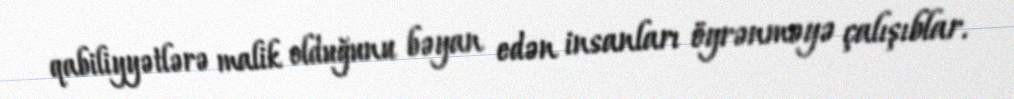
qabiliyyətlərə malik olduğunu bəyan edən insanları öyrənməyə çalışıblar.